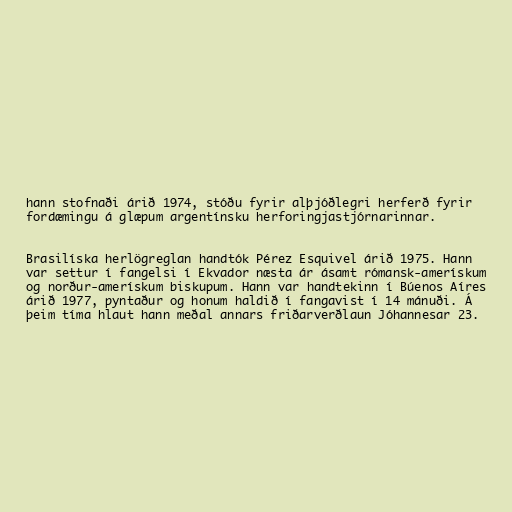
hann stofnaði árið 1974, stóðu fyrir alþjóðlegri herferð fyrir
fordæmingu á glæpum argentínsku herforingjastjórnarinnar.

Brasilíska herlögreglan handtók Pérez Esquivel árið 1975. Hann
var settur í fangelsi í Ekvador næsta ár ásamt rómansk-amerískum
og norður-amerískum biskupum. Hann var handtekinn í Búenos Aíres
árið 1977, pyntaður og honum haldið í fangavist í 14 mánuði. Á
þeim tíma hlaut hann meðal annars friðarverðlaun Jóhannesar 23.